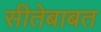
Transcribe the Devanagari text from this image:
सीतेबाबत